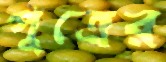
পুত্রের